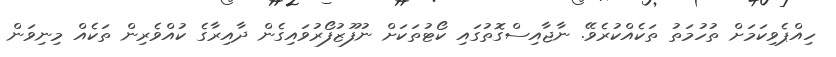
ހިއްޕެވިކަމަށް ތުހުމަތު ތަކެއްކުރެވޭ. ނާޖާއިސްގޮތުގައި ކޯޓުތަކަށް ނުފޫޒުފޯރުވައިގެން ދާއިރާގެ ކުއްވެރިން ތަކެއް މިނިވަން